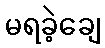
မရခဲ့ချေ